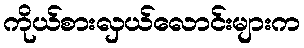
ကိုယ်စားလှယ်လောင်းများက